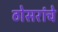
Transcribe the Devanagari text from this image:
ठोसरांचे